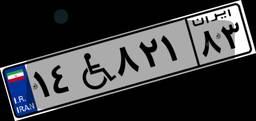
۱۴W۸۲۱۸۳